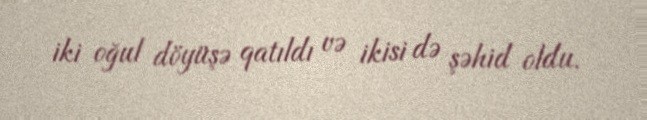
iki oğul döyüşə qatıldı və ikisi də şəhid oldu.